Standards of the constituents of the urine and blood and the bearing of the metabolism of Bengalis on the problems of nutrition - Number 34
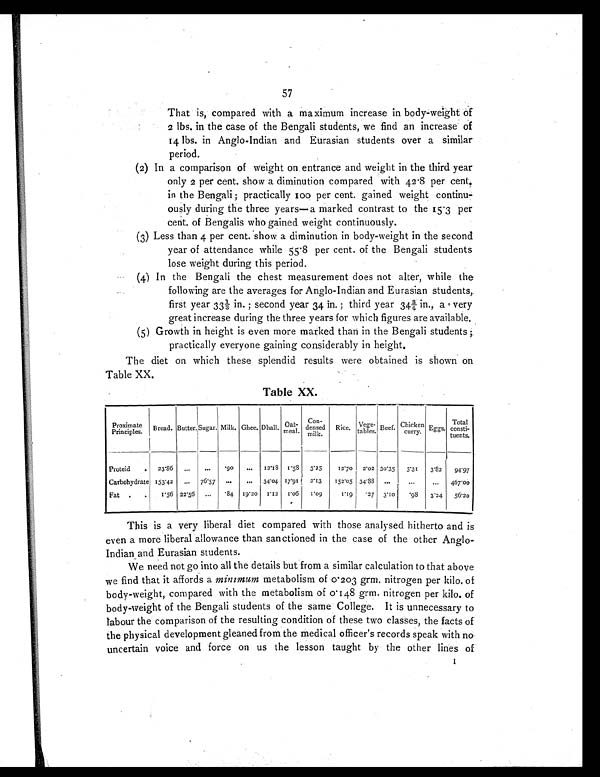
57
That is, compared with a maximum increase in body-weight of
2 lbs. in the case of the Bengali students, we find an increase of
14 lbs. in Anglo-Indian and Eurasian students over a similar
period.
(2) In a comparison of weight on entrance and weight in the third year
only 2 per cent. show a diminution compared with 42.8 per cent.
in the Bengali ; practically 100 per cent. gained weight continu-
ously during the three years— a marked contrast to the 15.3 per
cent. of Bengalis who gained weight continuously.
(3) Less than 4 per cent. show a diminution in body-weight in the second
year of attendance while 55.8 per cent. of the Bengali students
lose weight during this period.
(4) In the Bengali the chest measurement does not alter, while the
following are the averages for Anglo-Indian and Eurasian students,
first year 33⅓ in. ; second year 34 in. ; third year 34¾ in., a very
great increase during the three years for which figures are available.
(5) Growth in height is even more marked than in the Bengali students ;
practically everyone gaining considerably in height.
The diet on which these splendid results were obtained is shown on
Table XX.
Table XX.
Proximate
Principles. Bread. Butter. Sugar. Milk. Ghee. Dhall. Oat-
meal.
Con-
densed
milk.
Rice. Vege-
tables. Beef. Chicken
curry.
Eggs. Total
consti-
tuents.
Proteid
. 23.86 ...
... .90 ... 12.18 1.58 3.25
12.70 2.02 30.35 5.31 3.82 94.97
Carbohydrate 153.42 ... 76.57 ...
... 34.04 17.91 2.13
152.05 34.88 ...
. . .
. . . 467.00
Fat .
.
1.56 22.56 ... .84 19.20 1.12 1.06 1.09
1.19
.27 3.10 .98 3.24 56.20
This is a very liberal diet compared with those analysed hitherto and is
even a more liberal allowance than sanctioned in the case of the other Anglo-
Indian and Eurasian students.
We need not go into all the details but from a similar calculation to that above
we find that it affords a minimum metabolism of 0.203 grm. nitrogen per kilo. of
body-weight, compared with the metabolism of 0.148 grm. nitrogen per kilo. of
body-weight of the Bengali students of the same College. It is unnecessary to
labour the comparison of the resulting condition of these two classes, the facts of
the physical development gleaned from the medical officer's records speak with no
uncertain voice and force on us the lesson taught by the other lines of